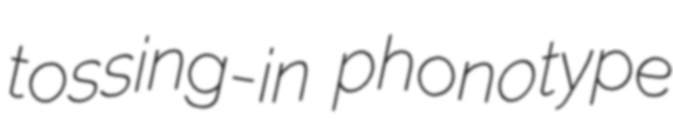
tossing-in phonotype